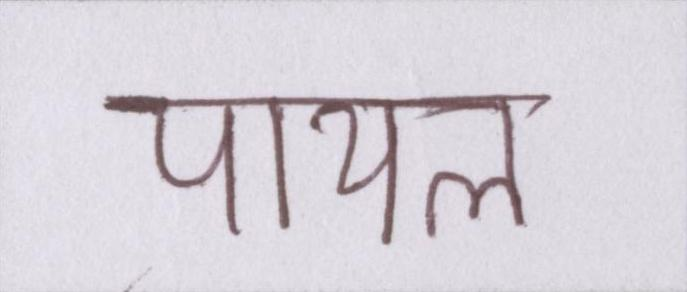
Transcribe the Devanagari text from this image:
पायल